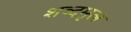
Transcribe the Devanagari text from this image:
शब्दमृल